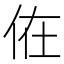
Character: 𠈚